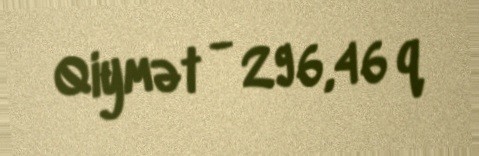
Qiymət - 296,46 q